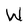
Character: W